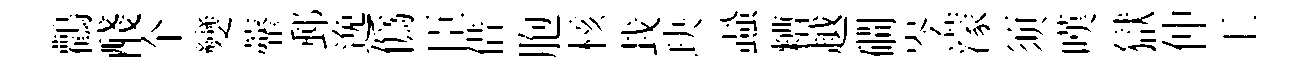
鸛醆个變虀郵𨓜僞臣借胞核㘽玦蝨糟越磵岑濛须嘆獄仲工